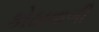
કોઠાવાળી